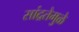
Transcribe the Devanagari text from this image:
सांद्रतेमुळे